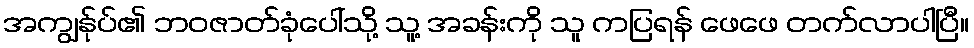
အကျွန်ုပ်၏ ဘဝဇာတ်ခုံပေါ်သို့ သူ့ အခန်းကို သူ ကပြရန် ဖေဖေ တက်လာပါပြီ။